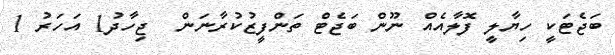
ބަޖެޓަކީ ހިޔާލީ ފޮލާއެއް ނޫން ބަޖެޓް ތަންފީޒުކުރާނަން  ޖިހާދު1 އަހަރު 1